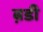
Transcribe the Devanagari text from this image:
ब़डी